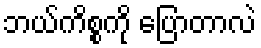
ဘယ်ကိစ္စကို ပြောတာလဲ